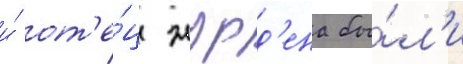
и́ от'е́ц журд'ена бы́л'и